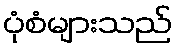
ပုံစံများသည်